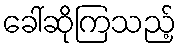
ခေါ်ဆိုကြသည့်